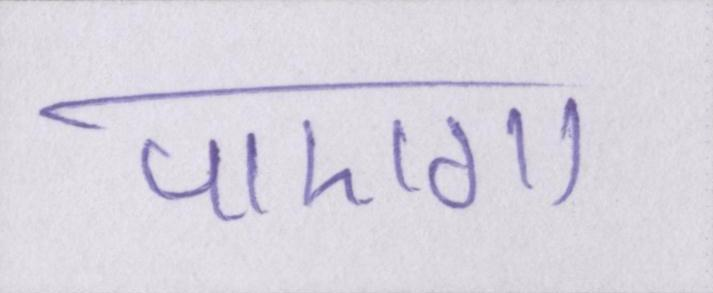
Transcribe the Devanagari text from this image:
पाएगा